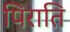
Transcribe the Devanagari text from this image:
पिराति